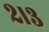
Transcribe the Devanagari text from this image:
२।३